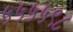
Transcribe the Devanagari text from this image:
५५५५९८